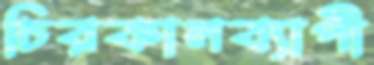
চিরকালব্যাপী